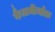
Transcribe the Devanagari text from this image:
कैज़मीर्जाक़